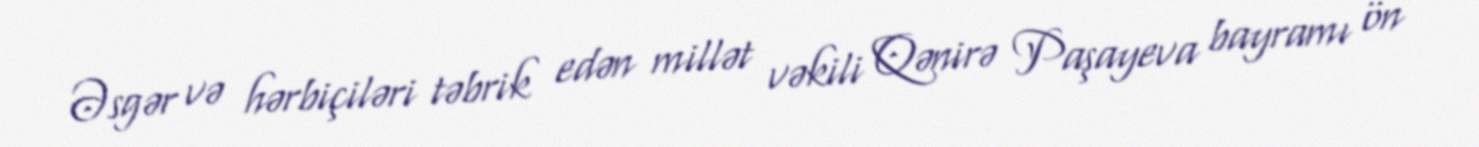
Əsgər və hərbiçiləri təbrik edən millət vəkili Qənirə Paşayeva bayramı ön